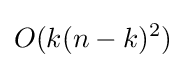
O(k(n-k)^{2})